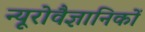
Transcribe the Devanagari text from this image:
न्यूरोवैज्ञानिकों